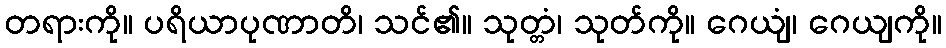
တရားကို။ ပရိယာပုဏာတိ၊ သင်၏။ သုတ္တံ၊ သုတ်ကို။ ဂေယျံ၊ ဂေယျကို။